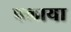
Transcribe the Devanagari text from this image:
पलाया